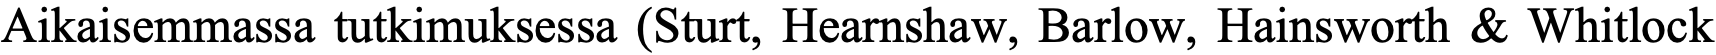
Aikaisemmassa tutkimuksessa (Sturt, Hearnshaw, Barlow, Hainsworth & Whitlock